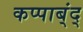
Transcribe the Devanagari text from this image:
कप्पाब्ंद्